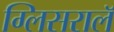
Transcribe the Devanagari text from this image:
ग्लिसरालॅ